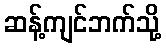
ဆန့်ကျင်ဘက်သို့